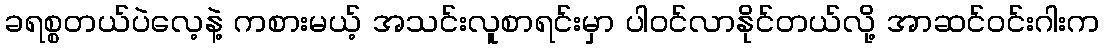
ခရစ္စတယ်ပဲလေ့နဲ့ ကစားမယ့် အသင်းလူစာရင်းမှာ ပါဝင်လာနိုင်တယ်လို့ အာဆင်ဝင်းဂါးက